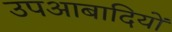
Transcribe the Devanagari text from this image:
उपआबादियों